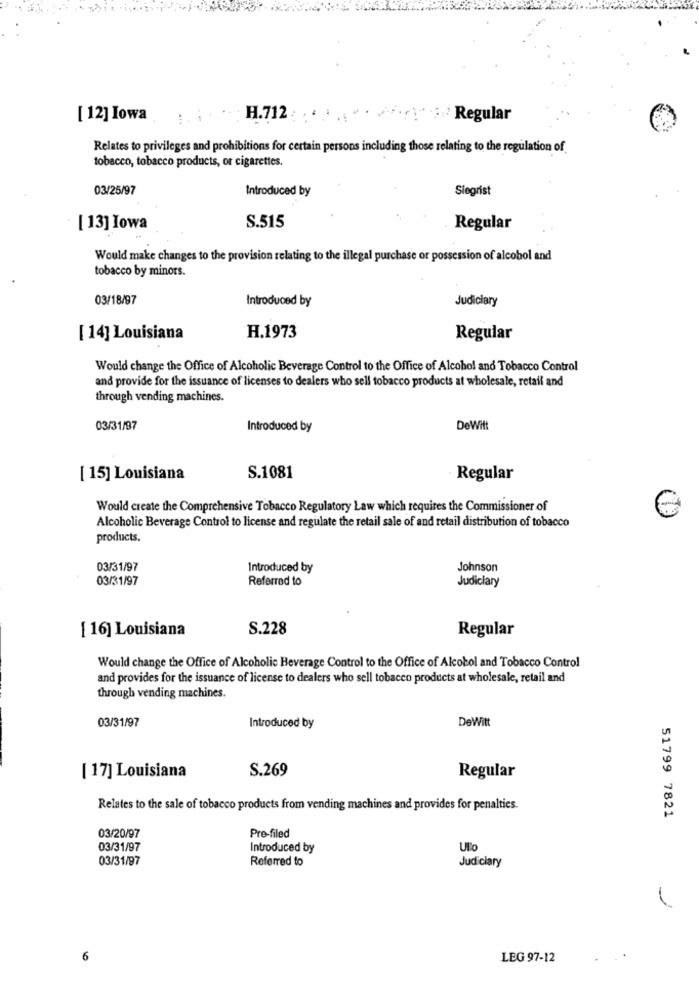
[ 12] Iowa
H.712
..? Regular
Relates to privileges and prohibitions for certain persons including those relating to the regulation of
tobacco, tobacco products, or cigarettes.
03/25/97
Introduced by
Siegrist
[ 13] łowa
S.515
Regular
Would make changes to the provision relating to the illegal purchase or possession of alcohol and
tobacco by minors.
03/18/97
Introduced by
Judiciary
[ 14] Louisiana
H.1973
Regular
Would change the Office of Alcoholic Beverage Control to the Office of Alcohol and Tobacco Control
and provide for the issuance of licenses to dealers who sell tobacco products at wholesale, retail and
through vending machines.
03/31/97
Introduced by
DeWitt
[ 15] Louisiana
S.1081
Regular
Would create the Comprehensive Tobacco Regulatory Law which requires the Commissioner of
Alcoholic Beverage Control to license and regulate the retail sale of and retail distribution of tobacco
products.
03/31/97
Introduced by
Johnson
03/31/97
Referred to
Judiciary
[ 16] Louisiana
S.228
Regular
Would change the Office of Alcoholic Beverage Control to the Office of Alcohol and Tobacco Control
and provides for the issuance of license to dealers who sell tobacco products at wholesale, retail and
through vending machines.
03/31/97
DeWitt
Introduced by
S.269
Regular
[ 17] Louisiana
Relates to the sale of tobacco products from vending machines and provides for penalties.
51799 7821
03/20/97
Pre-filed
03/31/97
Introduced by
UTo
03/31/97
Referred to
Judiciary
LEG 97-12